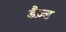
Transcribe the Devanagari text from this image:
डैज़्ड